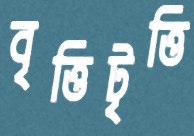
বৃত্তিটৃত্তি